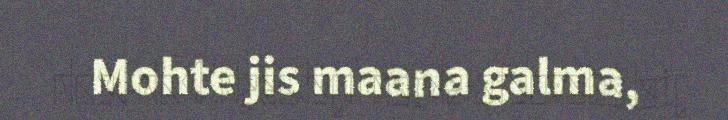
Mohte jis maana galma,